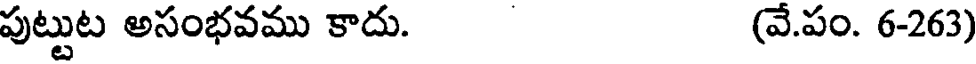
పుట్టుట అసంభవము కాదు. (వే.పం. 6-263)